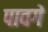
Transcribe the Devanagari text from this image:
पावगे